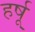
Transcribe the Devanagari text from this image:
हर्षू